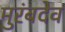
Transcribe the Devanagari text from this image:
मुरंबदेव